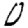
Digit: 0